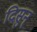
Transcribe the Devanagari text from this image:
दिसुन्